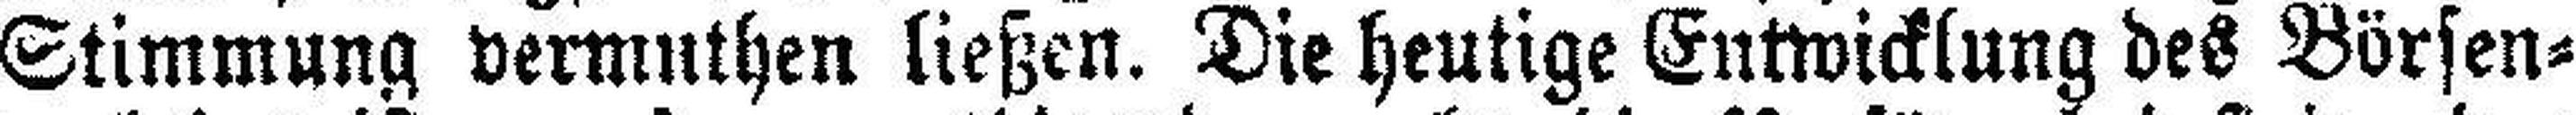
Stimmung vermuthen ließen. Die heutige Entwicklung des Börsen¬